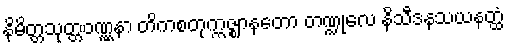
နိမိတ္တသုတ္တဝဏ္ဏနာ တိကစတုက္ကဇ္ဈာနတော တဏ္ဍုလေ နိသီဒနသယနတ္ထံ